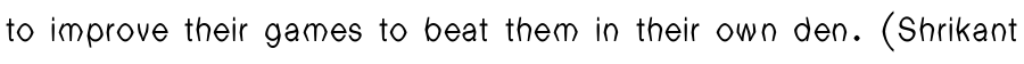
to improve their games to beat them in their own den. (Shrikant